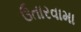
ઉતારવામા